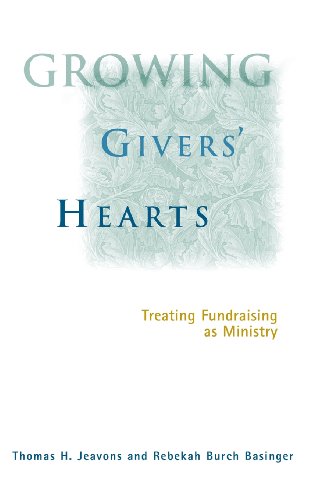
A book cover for Growing Givers' Hearts : Treating Fundraising As A Ministry; Thomas H. Jeavons; Christian Books & Bibles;